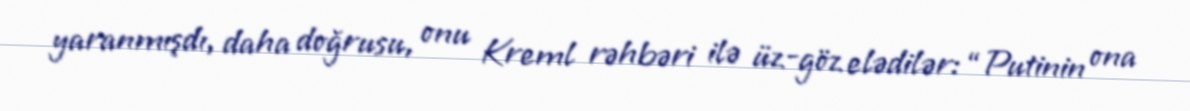
yaranmışdı, daha doğrusu, onu Kreml rəhbəri ilə üz-göz elədilər: “Putinin ona